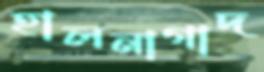
হালনাগাদ